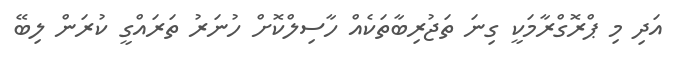
އަދި މި ޕްރޮގްރާމަކީ ގިނަ ތަޖުރިބާތަކެއް ހާސިލްކޮށް ހުނަރު ތަރައްގީ ކުރަން ލިބޭ